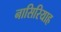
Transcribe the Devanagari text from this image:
नासिरियाह